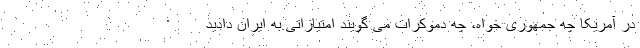
در آمریکا چه جمهوری خواه، چه دموکرات می گویند امتیازاتی به ایران دادید